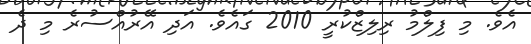
އެވެ. މި ފިލްމު ރިލިޒްކުރީ 2010 ގައެވެ. އަދި އޭރުއްސުރެ މި ދެ